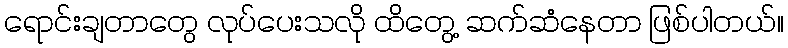
ရောင်းချတာတွေ လုပ်ပေးသလို ထိတွေ့ ဆက်ဆံနေတာ ဖြစ်ပါတယ်။